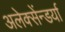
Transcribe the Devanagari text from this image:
अलेक्सेंन्डर्या